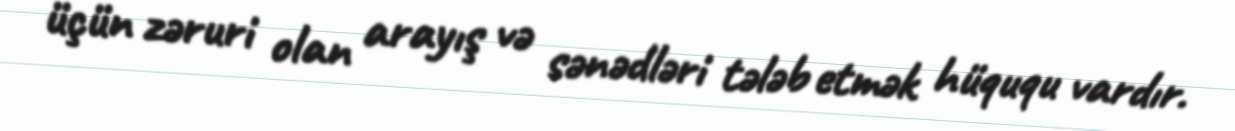
üçün zəruri olan arayış və sənədləri tələb etmək hüququ vardır.